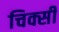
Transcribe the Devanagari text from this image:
चिक्सी